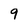
Character: 9